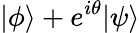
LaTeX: |\phi\rangle+e^{i\theta}|\psi\rangle